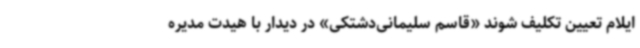
ایلام تعیین تکلیف شوند «قاسم سلیمانی‌دشتکی» در دیدار با هیدت مدیره